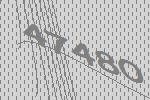
47480